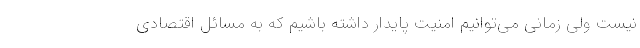
نیست ولی زمانی می‌توانیم امنیت پایدار داشته باشیم که به مسائل اقتصادی